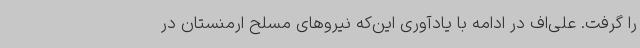
را گرفت. علی‌اف در ادامه با یادآوری این‌که نیروهای مسلح ارمنستان در